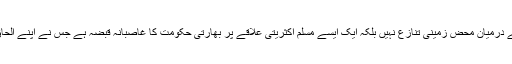
انہوں نے کہا کہ تنازع کشمیر دو ممالک کے درمیان محض زمینی تنازع نہیں بلکہ ایک ایسے مسلم اکثریتی علاقے پر بھارتی حکومت کا غاصبانہ قبضہ ہے جس نے اپنے الحاق کا فیصلہ پاکستان کے حق میں دے دیا تھا۔